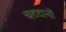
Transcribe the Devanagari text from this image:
चटटानों